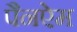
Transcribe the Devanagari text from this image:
पैनऐम